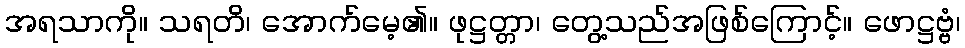
အရသာကို။ သရတိ၊ အောက်မေ့၏။ ဖုဋ္ဌတ္တာ၊ တွေ့သည်အဖြစ်ကြောင့်။ ဖောဋ္ဌဗ္ဗံ၊